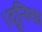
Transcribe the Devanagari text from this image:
।दूनिया